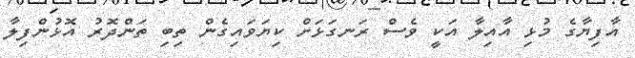
އާފިޔާގެ މުޅި އާއިލާ އަކީ ވެސް ރަނގަޅަށް ކިޔަވައިގެން ތިބި ތަންދޮރު އޮޅުންފިލާ